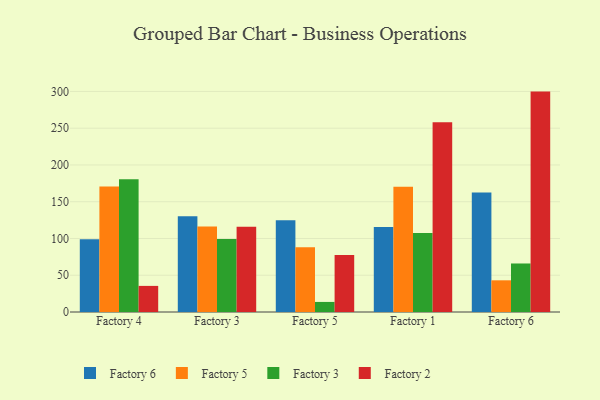
{"axis": {"x": "Factory", "y": "Page Views"}, "legend": ["Factory 2", "Factory 3", "Factory 5", "Factory 6"], "data": [{"x": "Factory 4", "y": 98.9, "type": "Factory 6"}, {"x": "Factory 4", "y": 170.6, "type": "Factory 5"}, {"x": "Factory 4", "y": 180.6, "type": "Factory 3"}, {"x": "Factory 4", "y": 35.5, "type": "Factory 2"}, {"x": "Factory 3", "y": 130.1, "type": "Factory 6"}, {"x": "Factory 3", "y": 116.3, "type": "Factory 5"}, {"x": "Factory 3", "y": 99.3, "type": "Factory 3"}, {"x": "Factory 3", "y": 116.1, "type": "Factory 2"}, {"x": "Factory 5", "y": 124.9, "type": "Factory 6"}, {"x": "Factory 5", "y": 88.2, "type": "Factory 5"}, {"x": "Factory 5", "y": 13.7, "type": "Factory 3"}, {"x": "Factory 5", "y": 77.6, "type": "Factory 2"}, {"x": "Factory 1", "y": 115.7, "type": "Factory 6"}, {"x": "Factory 1", "y": 170.3, "type": "Factory 5"}, {"x": "Factory 1", "y": 107.5, "type": "Factory 3"}, {"x": "Factory 1", "y": 258.2, "type": "Factory 2"}, {"x": "Factory 6", "y": 162.4, "type": "Factory 6"}, {"x": "Factory 6", "y": 43.1, "type": "Factory 5"}, {"x": "Factory 6", "y": 66.0, "type": "Factory 3"}, {"x": "Factory 6", "y": 299.8, "type": "Factory 2"}]}